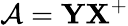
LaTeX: \mathcal{A}={\mathbf Y}{\mathbf X}^{+}